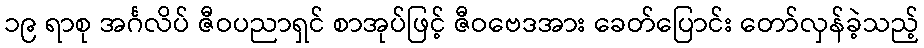
၁၉ ရာစု အင်္ဂလိပ် ဇီဝပညာရှင် စာအုပ်ဖြင့် ဇီဝဗေဒအား ခေတ်ပြောင်း တော်လှန်ခဲ့သည့်